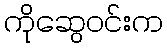
ကိုဆွေဝင်းက